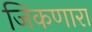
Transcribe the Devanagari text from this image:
जिकणारा